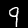
Label: 9